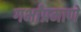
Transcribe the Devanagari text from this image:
गर्भांप्रमाणे